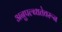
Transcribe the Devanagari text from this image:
अनुपल्ब्धतेवरून